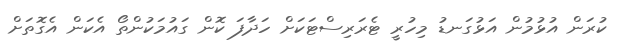
ކުރަން އުޅުމުުން އަޅުގަނޑު މިހުރީ ޓެރަރިސްޓަކަށް ހަދާފަ ކޮން ގައުމަކުންތޯ އެކަން އެގޮތަށް